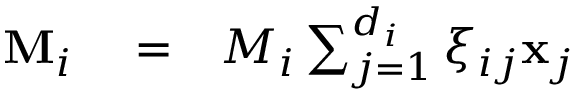
\begin{array} { r l r } { { \bf M } _ { i } } & { { } = } & { M _ { i } \sum _ { j = 1 } ^ { d _ { i } } \xi _ { i j } { \bf x } _ { j } } \end{array}